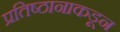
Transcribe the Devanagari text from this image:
प्रतिष्ठानाकडून